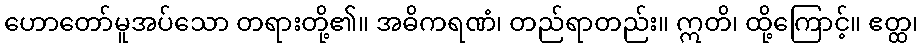
ဟောတော်မူအပ်သော တရားတို့၏။ အဓိကရဏံ၊ တည်ရာတည်း။ ဣတိ၊ ထို့ကြောင့်။ ဧတ္ထ၊